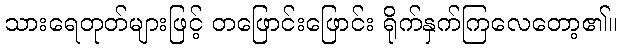
သားရေတုတ်များဖြင့် တဖြောင်းဖြောင်း ရိုက်နှက်ကြလေတော့၏။